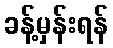
ခန့်မှန်းရန်